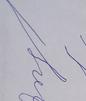
Signature authenticity: forged